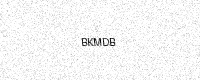
Text: BKMDB